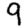
Digit: 9